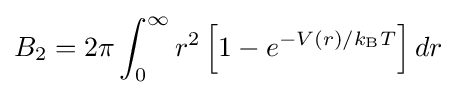
B_{2}=2\pi \int _{0}^{\infty }r^{2}\left[1-e^{-V(r)/k_{\text{B}}T}\right]dr